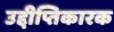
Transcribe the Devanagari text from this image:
उद्दीप्तिकारक